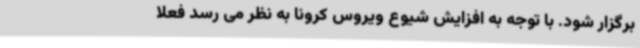
برگزار شود. با توجه به افزایش شیوع ویروس کرونا به نظر می رسد فعلا